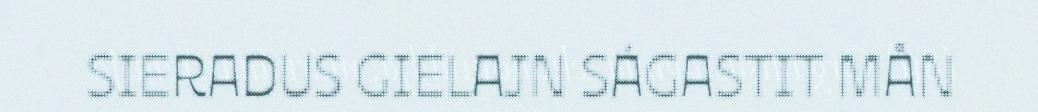
SIERADUS GIELAJN SÁGASTIT MÅN